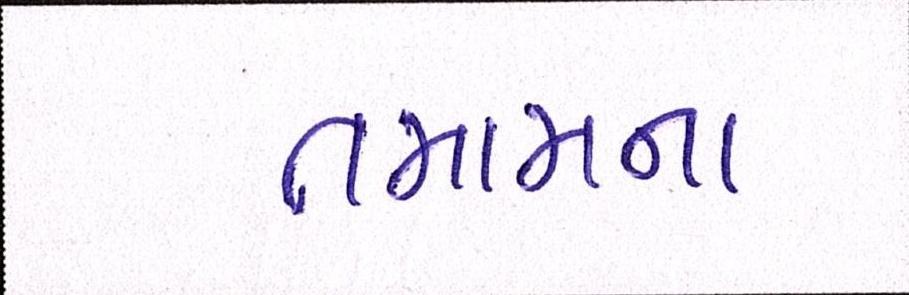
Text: તમામના